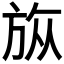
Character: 𣃨